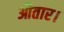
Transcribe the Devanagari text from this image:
औतार।